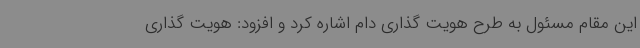
این مقام مسئول به طرح هویت گذاری دام اشاره کرد و افزود: هویت گذاری